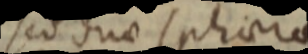
sed due sphaera